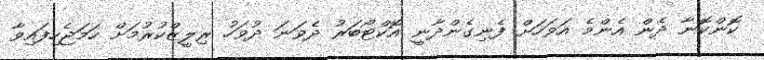
ކޮންކޮނާ ދެން އެންމެ އަވަހަށް ފެނިގެންދާނީ އޮކްޓޯބަރު ދެވަނަ ދުވަހު ރިލީޒްކުރުމަށް ހަމަޖެހިފައިވާ